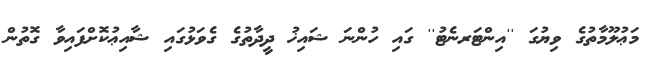
މަޢުލޫމާތުގެ ވިޔުގަ ''އިންޓަރނެޓު'' ގައި ހުންނަ ޝައިޚު ދީދާތުގެ ގެވަޅުގައި ޝާއިޢުކޮށްފައިވާ ގޮތުން